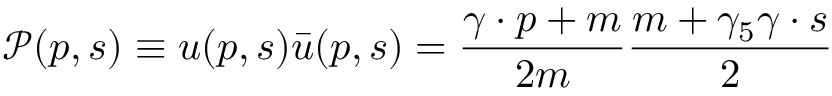
\mathcal { P } ( p , s ) \equiv u ( p , s ) \bar { u } ( p , s ) = \frac { \gamma \cdot p + m } { 2 m } \frac { m + \gamma _ { 5 } \gamma \cdot s } { 2 }